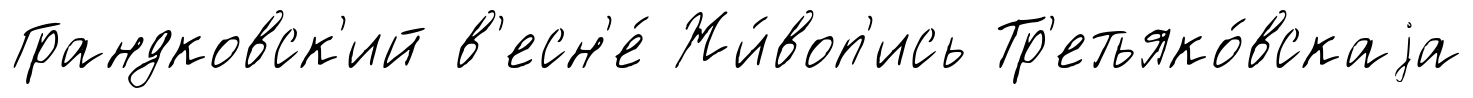
Грандковск'ий в'есн'е́ Жи́воп'ись Тр'етьяко́вскаjа